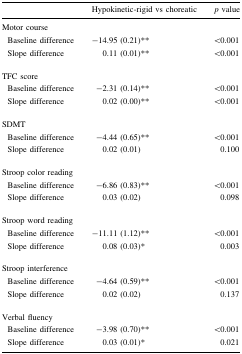
<table><thead><tr><td></td><td><b>Hypokinetic-rigid vs choreatic</b></td><td><b><i>p</i> value</b></td></tr></thead><tbody><tr><td colspan="3">Motor course</td></tr><tr><td> Baseline difference</td><td>−14.95 (0.21)**</td><td>&lt;0.001</td></tr><tr><td> Slope difference</td><td>0.11 (0.01)**</td><td>&lt;0.001</td></tr><tr><td colspan="3">TFC score</td></tr><tr><td> Baseline difference</td><td>−2.31 (0.14)**</td><td>&lt;0.001</td></tr><tr><td> Slope difference</td><td>0.02 (0.00)**</td><td>&lt;0.001</td></tr><tr><td colspan="3">SDMT</td></tr><tr><td> Baseline difference</td><td>−4.44 (0.65)**</td><td>&lt;0.001</td></tr><tr><td> Slope difference</td><td>0.02 (0.01)</td><td>0.100</td></tr><tr><td colspan="3">Stroop color reading</td></tr><tr><td> Baseline difference</td><td>−6.86 (0.83)**</td><td>&lt;0.001</td></tr><tr><td> Slope difference</td><td>0.03 (0.02)</td><td>0.098</td></tr><tr><td colspan="3">Stroop word reading</td></tr><tr><td> Baseline difference</td><td>−11.11 (1.12)**</td><td>&lt;0.001</td></tr><tr><td> Slope difference</td><td>0.08 (0.03)*</td><td>0.003</td></tr><tr><td colspan="3">Stroop interference</td></tr><tr><td> Baseline difference</td><td>−4.64 (0.59)**</td><td>&lt;0.001</td></tr><tr><td> Slope difference</td><td>0.02 (0.02)</td><td>0.137</td></tr><tr><td colspan="3">Verbal fluency</td></tr><tr><td> Baseline difference</td><td>−3.98 (0.70)**</td><td>&lt;0.001</td></tr><tr><td> Slope difference</td><td>0.03 (0.01)*</td><td>0.021</td></tr></tbody></table>